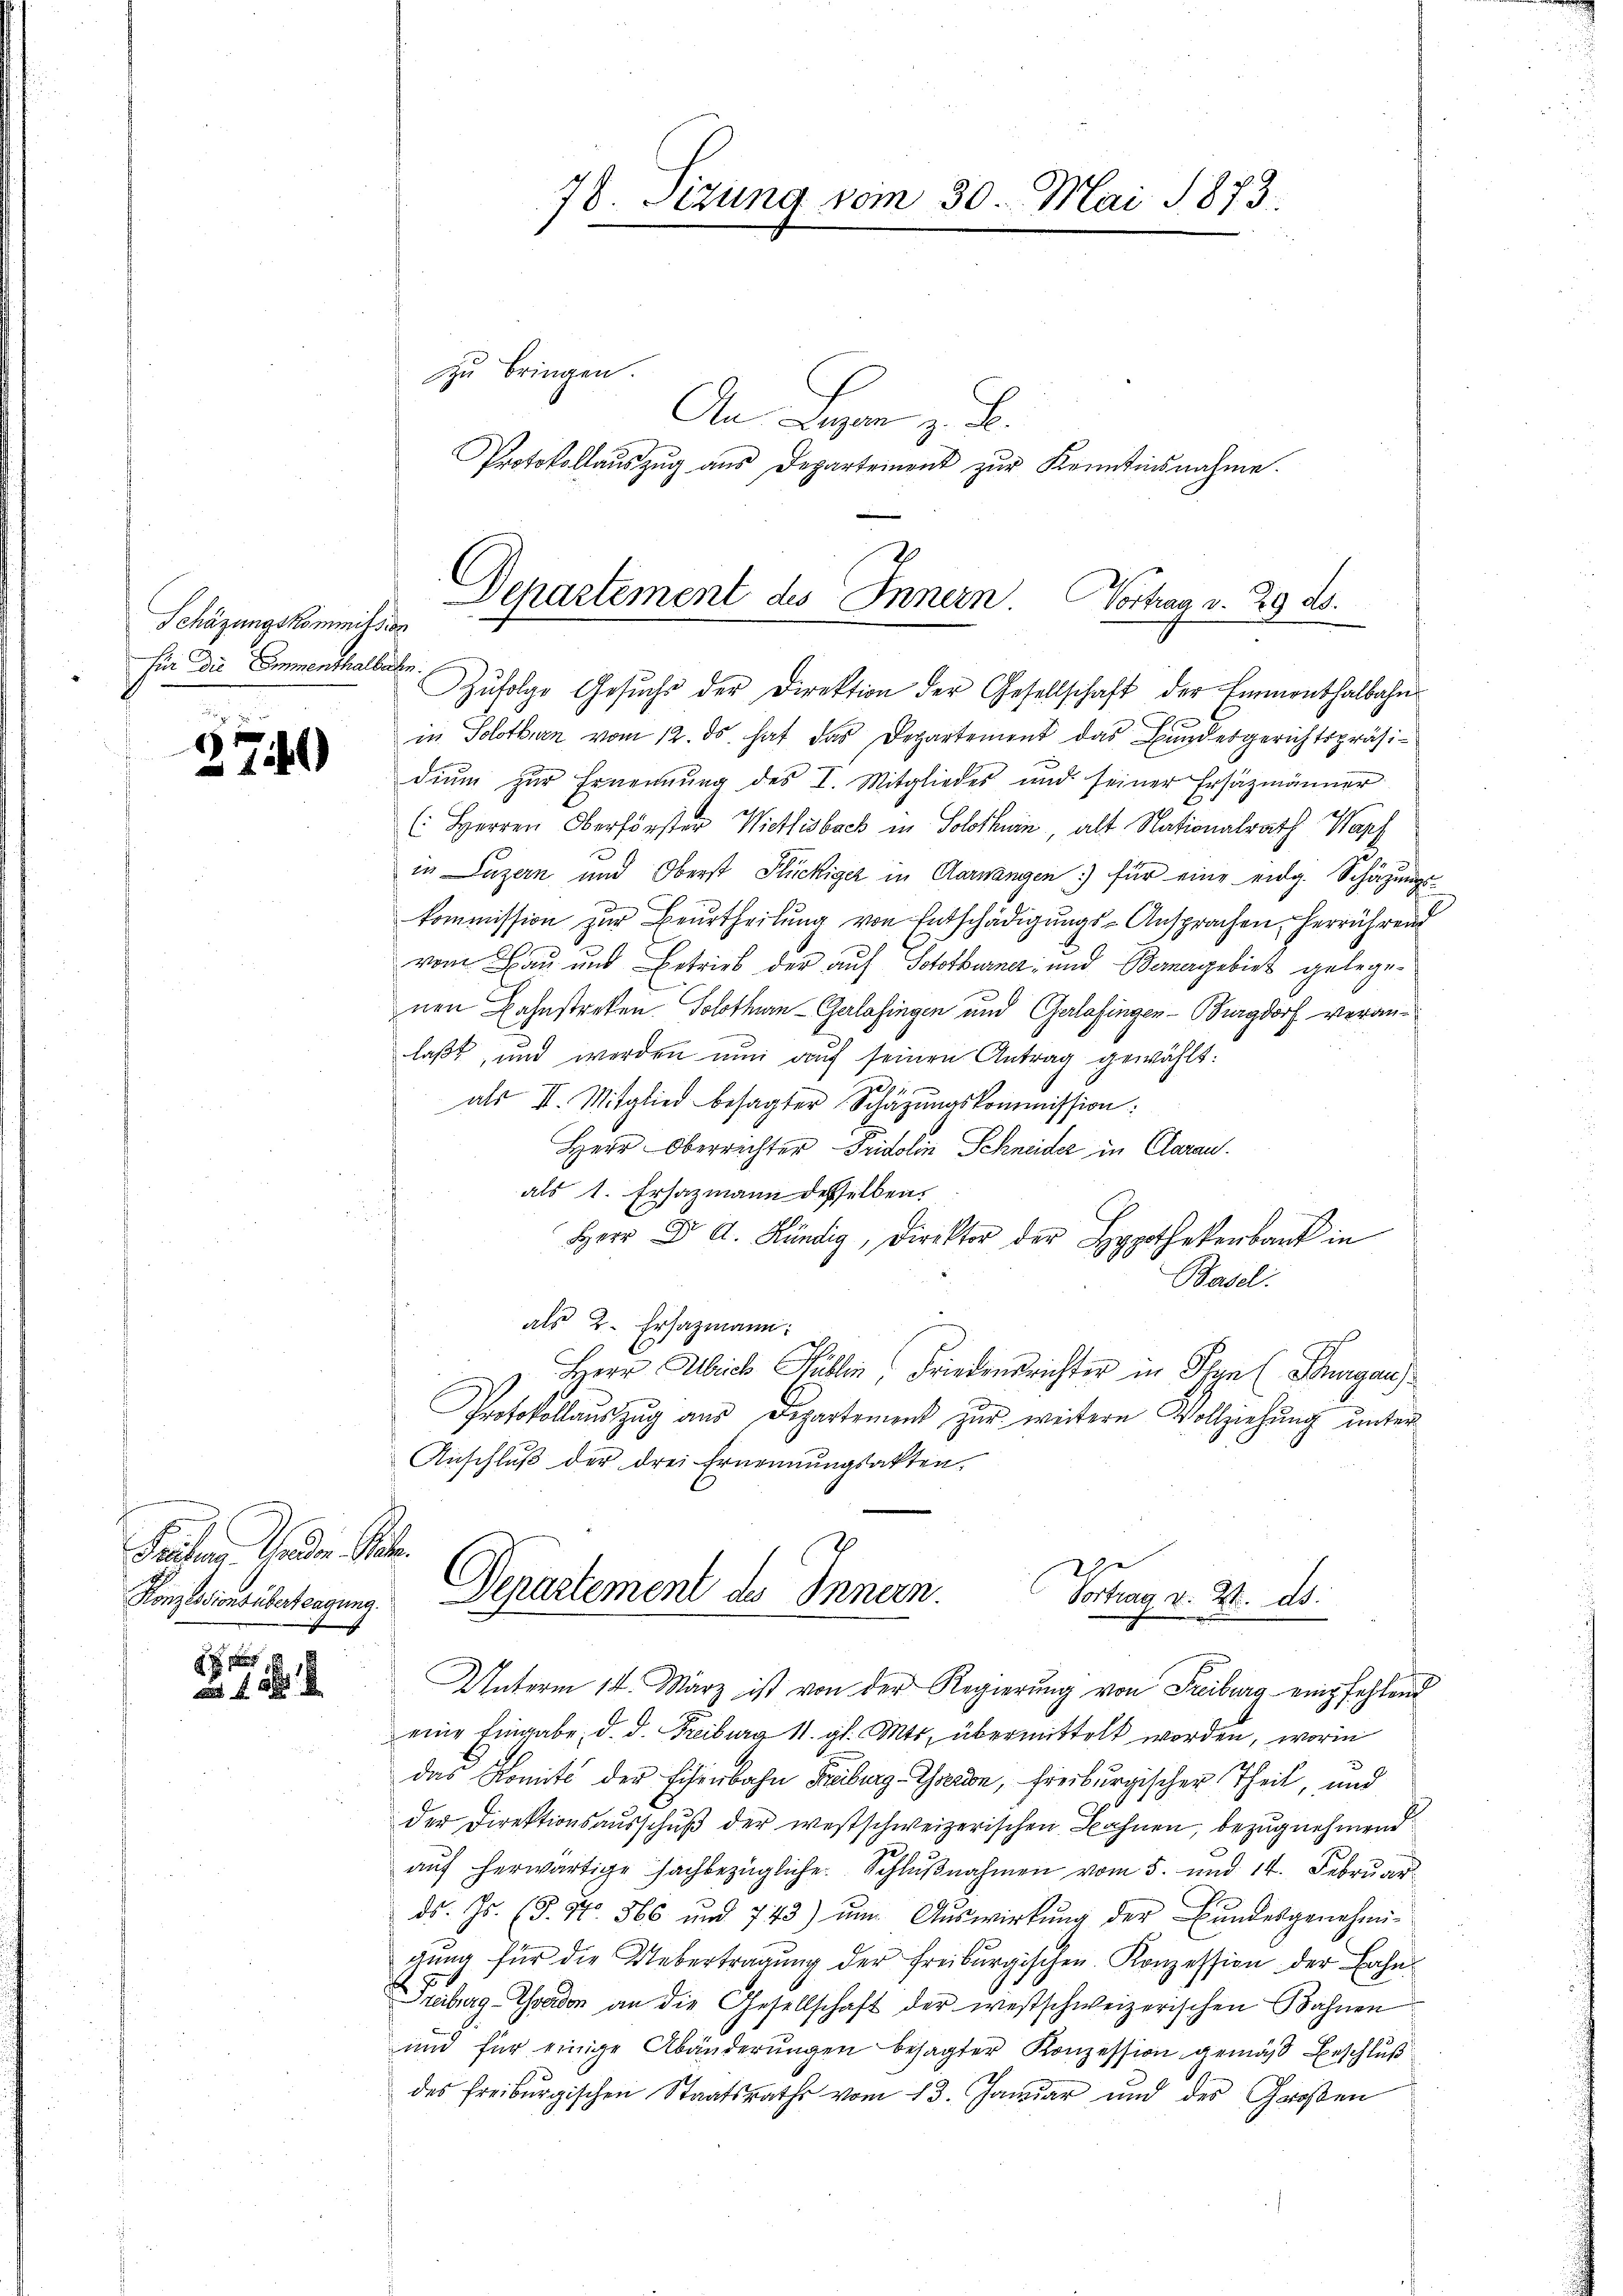
Schäzungskommission
Für die Emmenthalberten:

2741)

Paler anden Seite

. . .

zu bringen.
An Lagen z. B.
Protokollaŭszŭg aŭs Departement zŭr Kontinsnahme.

78. Setzung vom 30. Mai 1873.
1

Departement des Innern Vortrag v. 29 ds.

Zŭfolge Gesŭch der Direktion der Gesellschaft der Emmenthalbahn
in Solothurn vom 12. ds. hat das Departement das Bundesgerichtspräsidium zur Ernennung des I. Mitgliedes und seiner Ersatzmänner
(: Herren Oberförster Wietlisbach in Solothurn, alt Nationalrath Wap
2.
in Luzern und Oberst Flückiger in Aarwangen) für eine eidg. Schätzungs-
.
kommission zŭr Beurtheilŭng von Entschädigŭngs-Ansprachen, herrührend
vom Bau und Betrieb der auf Solothurner- und Bernergebiet gelegenen Bahnstreken Solothurn-Gerlafingen und Gerlafingen-Burgdorf veranlaßt, und werden nun auf seinen Antrag gewählt:
als II. Mitglied besagter Schäzŭngskommission:
Herr Oberrichter Fridolin Schneider in Clarau
als 1. Ersazmann desselben
Herr Dr. A. Kündig, Direktor der Hypothekenbank in
Basel.
als 2. Ersazmann:
Herr Abrich Fällen Friedensrichter in Pfyn (Saargau)
Protokollauszug aus Departement zur weitern Vollziehung unter
Anschluß der drei Ernennungsakten.

Kanzleiensübertragung Departement des Innern.
Vortrag d. 24. ds.

Unterm 14. März ist von der Regierung von Freiburg empfehlend
eine Eingabe, d. d. Freiburg 11. gl. Mts. übermittelt werden, worin
das Komité der Eisenbahn Freiburg-Thieron, freiburgischer Theil, und
der Direktionsausschuß der westschweizerischen Bahnen, bezugnehmend
aŭf herwärtige sachbezügliche Schlußnahmen vom 5. und 14. Februar
ds. Js. (T. 47. 566 und 743) ŭm Aŭswirkŭng der Bŭndesgenehmi-
gŭng für die Uebertragung der Freiburgischen Konzession der Bahn¬
Prbag-Toadon an die Gesellschaft der westschweizerischen Bahnen
und für einige Abänderungen besagter Konzession gemäß Beschluß
des Freiburgischen Staatsraths vom 13. Januar und des Großen